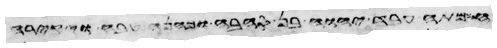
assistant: יעשה יהוה את הדבר הזה בארץ ויעש יהוה